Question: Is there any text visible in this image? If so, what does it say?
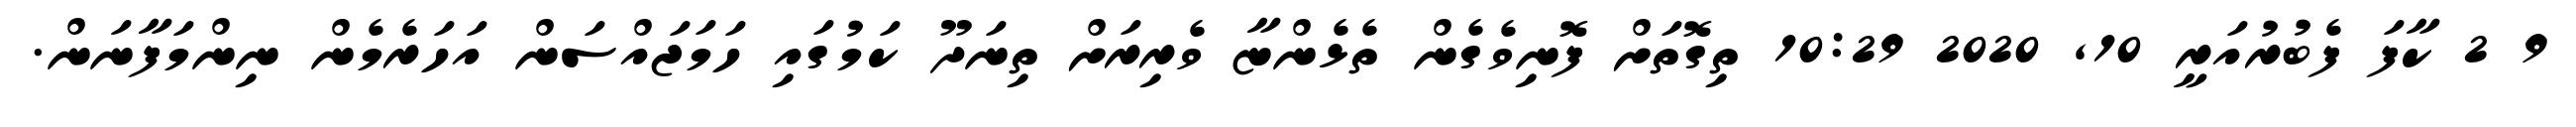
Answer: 9 2 ކާފަ ފެބުރުއަރީ 10, 2020 10:29 ތިގޮތަށް ފޮނިވެގެން ތެޅެންޏާ ވެރިރަށް ތިނަދޫ ކަމުގައި ހަމަޖައްސަން އަހަރެމެން ނިންމަފާނަން.